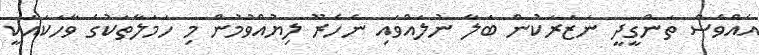
އެއްވެސް ތަންގީދީ ނަޒަރަކުން ބަލާ ނުލައްވައި ނެހެރޫ ލިޔުއްވުމުން މި ހަމަލާތަކުގެ ވާހަކައަކީ